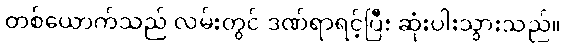
တစ်ယောက်သည် လမ်းတွင် ဒဏ်ရာရင့်ပြီး ဆုံးပါးသွားသည်။